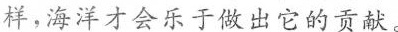
样，海洋才会乐于做出它的贡献。